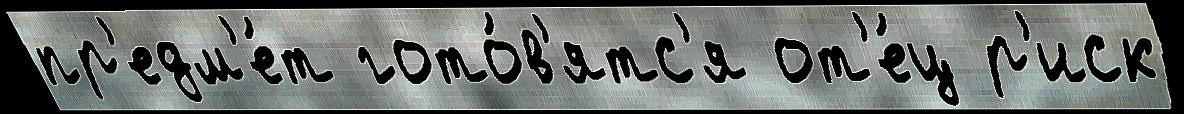
пр'едм'е́т гото́в'ятс'я от'е́ц р'иск